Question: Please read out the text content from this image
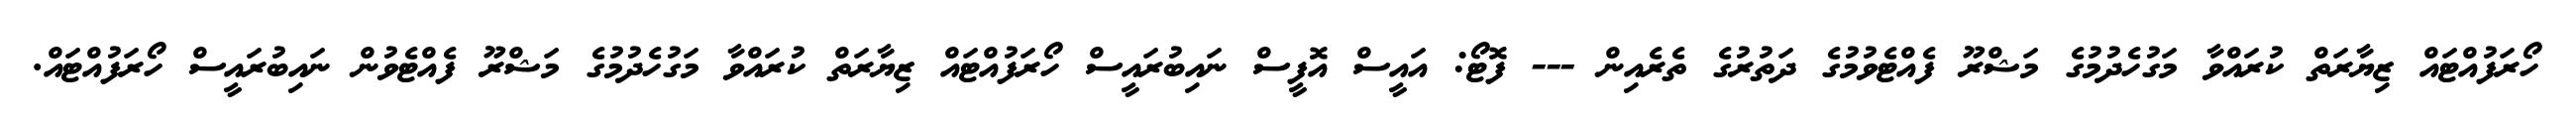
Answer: ހޯރަފުއްޓައް ޒިޔާރަތް ކުރައްވާ މަގުހެދުމުގެ މަޝްރޫ ފެއްޓެވުމުގެ ދަތުރުގެ ތެރެއިން --- ފޮޓޯ: އައީސް އޮފީސް ނައިބުރައީސް ހޯރަފުއްޓައް ޒިޔާރަތް ކުރައްވާ މަގުހެދުމުގެ މަޝްރޫ ފެއްޓެވުން ނައިބުރައީސް ހޯރަފުއްޓައް.